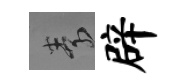
素辟